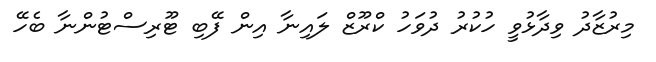
މިރުޒާދު ވިދާޅުވީ ހުކުރު ދުވަހު ކްރޫޒް ލައިނާ އިން ފޭބި ޓޫރިސްޓުންނާ ބެހޭ